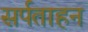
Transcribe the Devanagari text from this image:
सर्पताहन